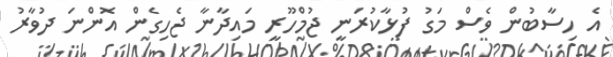
އެ ހިސާބުން ވެސް މަގު ފުޅާކުރަނީ ޖުމްހޫރީ މައިދާނާ ޖެހިގެން އޮންނަ ދުވާރު